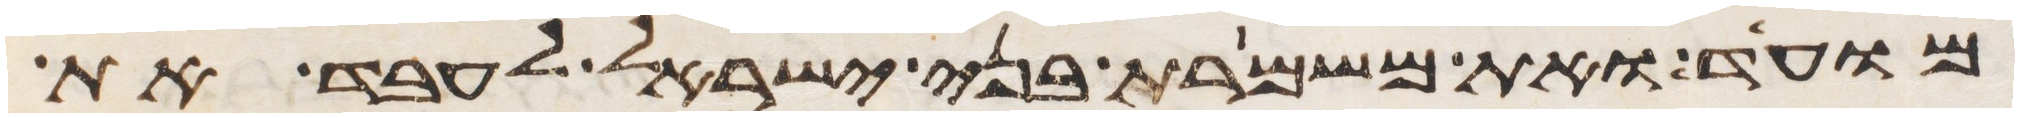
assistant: מועד ואת משמרת בני ישראל לעבד את